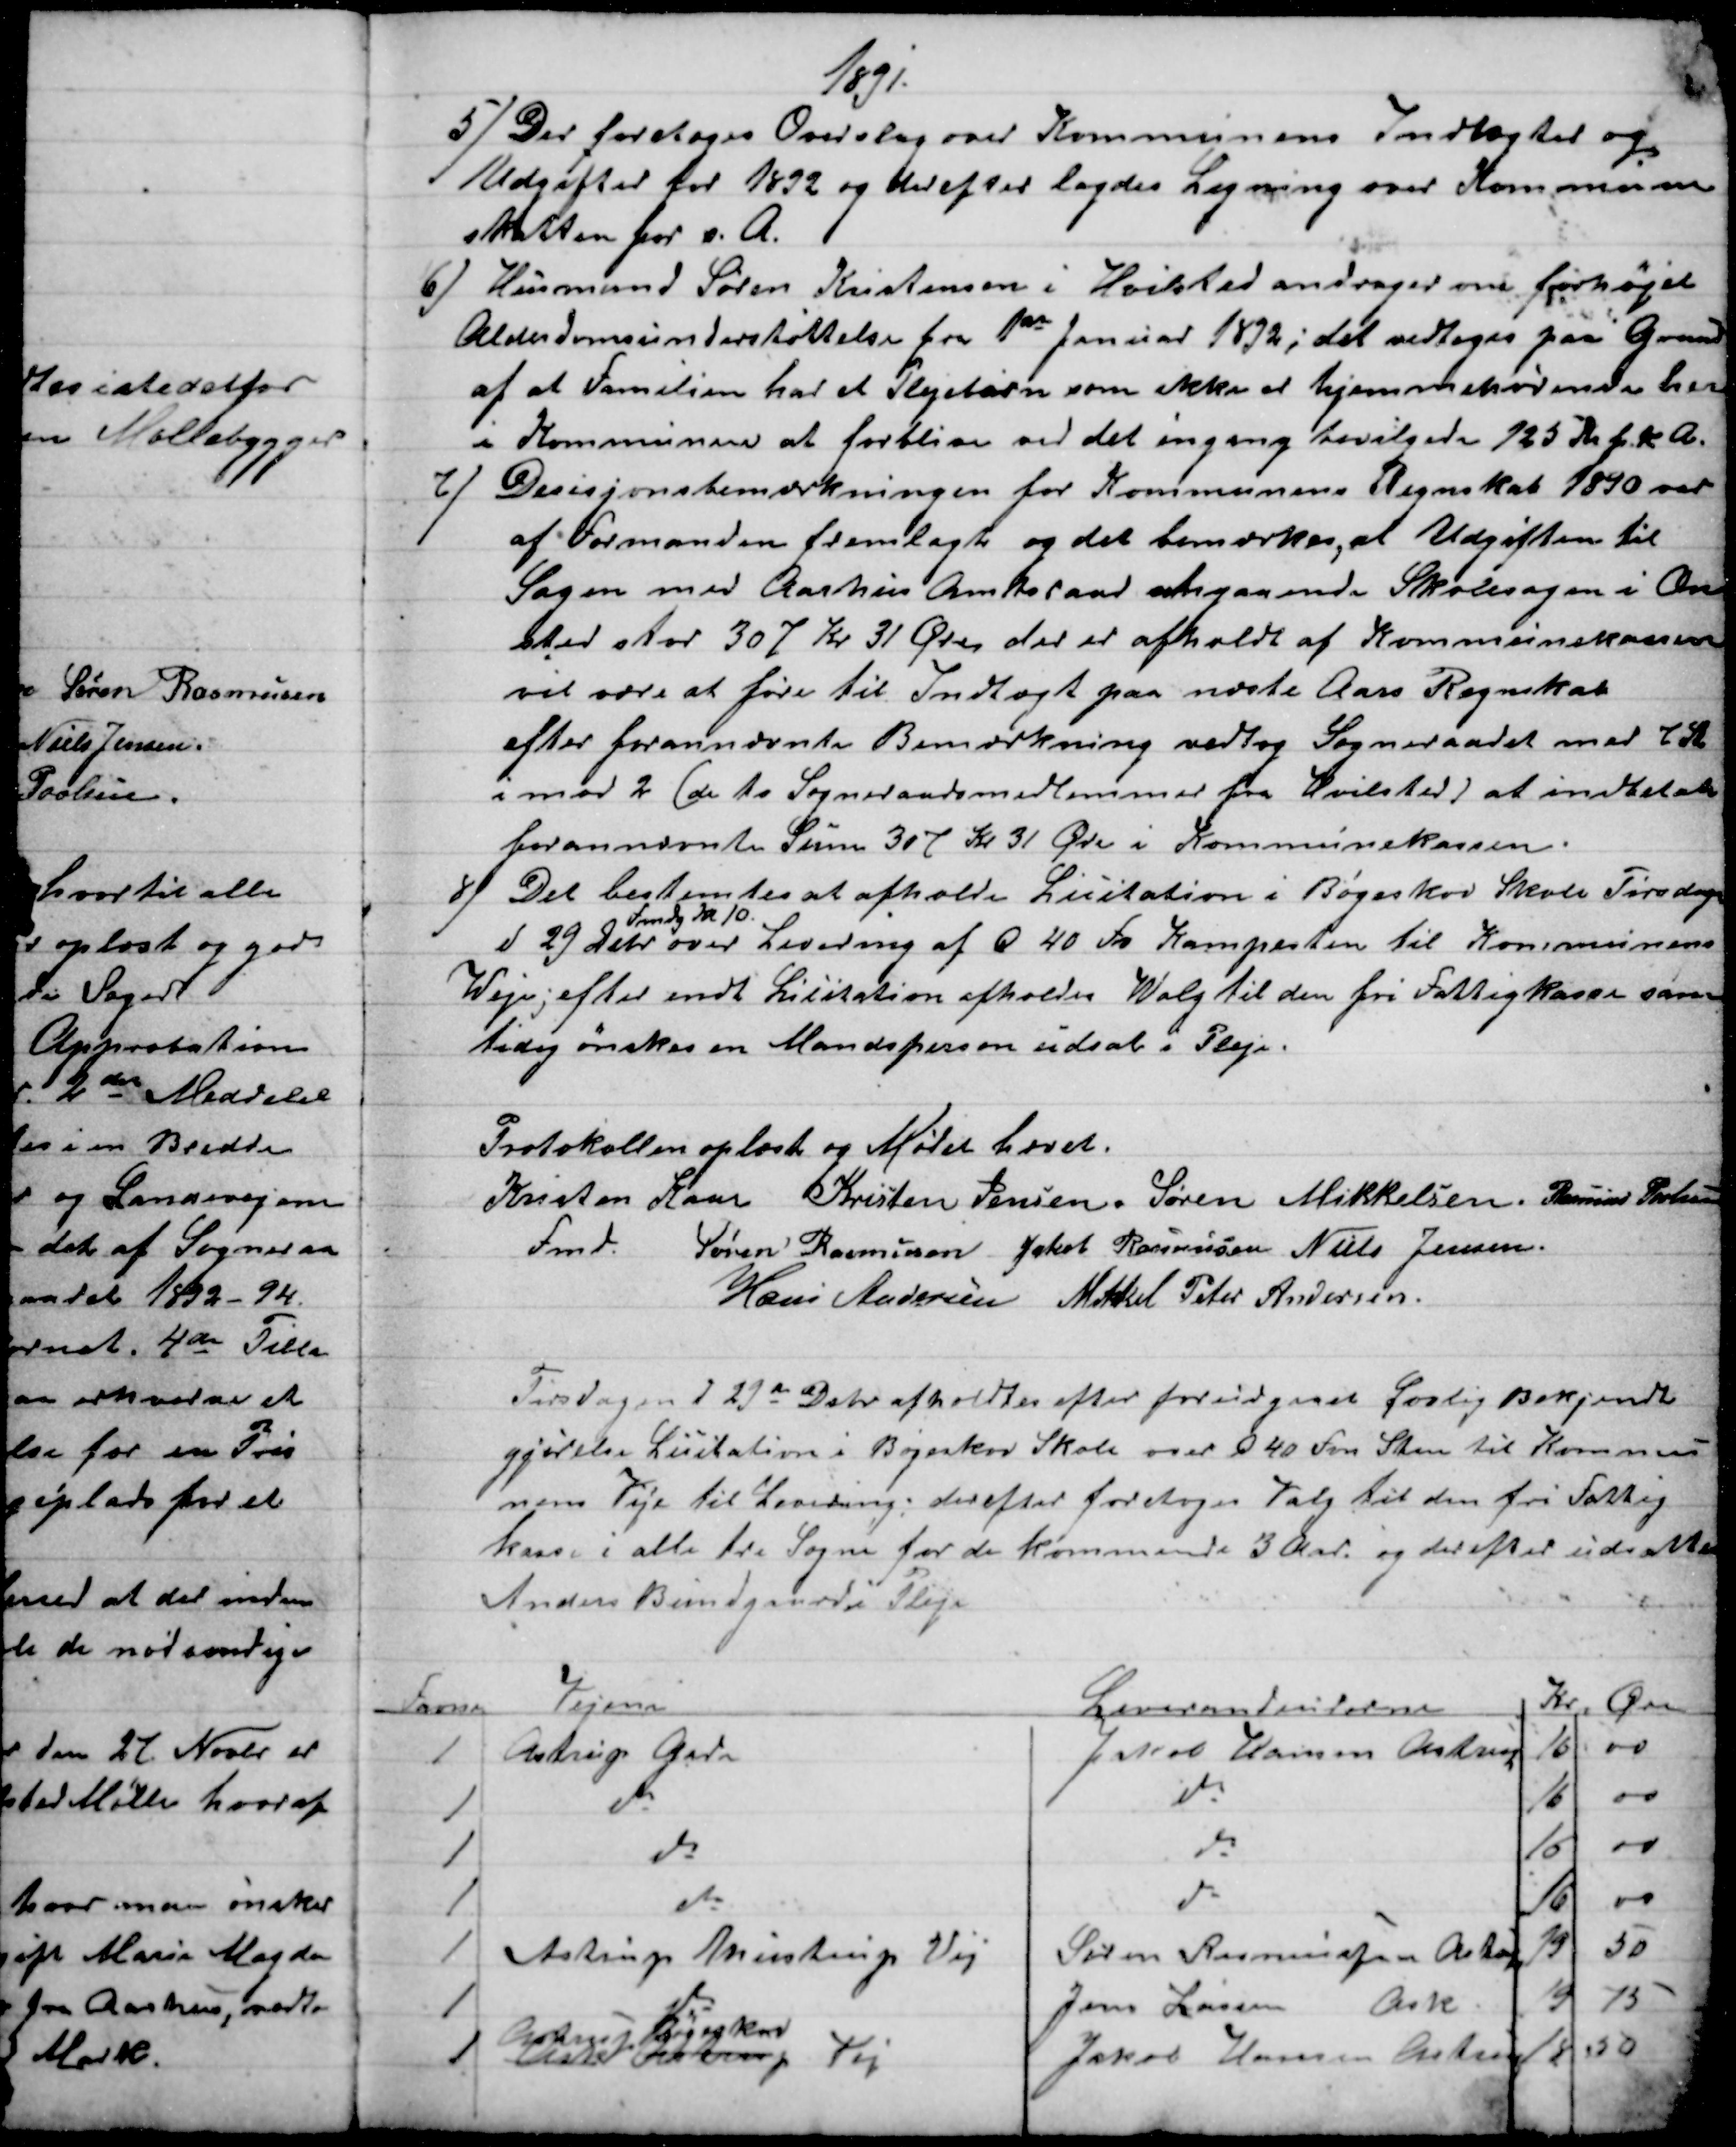
Transskription:
1891.
5)
Der foretoges Overslag over Kommunens Indtægter og
Udgifter for 1892 og derefter lagdes Ligning over Kommune
skatten for s. A.
6) 
Husmand Søren Kristensen i Hvilsted andrager om forhøjet
Alderdomsunderstøttelse fra 1ste Januar 1892; det vedtoges paa Grund
af at Familien har et Plejebarn som ikke at hjemmehørende her
i Kommunen at forblive ved det engang bevilgede 125 Kr f. K. A.
7) 
Desisjonsbemærkningen for Kommunens Regnskab 1890 var
af Formanden fremlagt og det bemærkes, at Udgiften til
Sagen med Aarhus Amtsraad angaaende Skolesagen i On
sted stor 307 Kr 31 Øre, der er afholdt af Kommunekassen
vil være at føre til Indtægt paa næste Aars Regnskab
efter forannævnte Bemærkning vedtog Sogneraadet med 7 St
imod 2 (de to Sogneraadsmedlemmer fra Hvilsted) at indbetale
forannævnte Sum 307 Kr 31 Øre i Kommunekassen.
8) 
Det bestemtes at afholde Licitation i Bøgeskov Skole Tirsdag
d 29 Debr over Levering af Q 40 Fv Kampesten til Kommunens
Fmdg Kl 10.
over Levering af Q 40 Fv Kampesten til Kommunens
Weje, efter endt Licitation afholdes Walg til den fri Fattigkasse sam
tidig ønskes en Mandsperson udsat i Pleje.
Protokollen oplæst og Mødet hævet.
Kristen Kaae 
Fmd.
Kristen Jensen. Søren Mikkelsen. Rasmus Povlsen
Søren Rasmussen Jakob Rasmussen Niels Jensen
Hans Andersen Mikkel Peter Andersen
Tirsdagen d 29de Debr afholdtes efter forudgaaet Lovlig Bekjendt
gjørelse Licitation i Bøgeskov Skole over Q 40 Fv Sten til Kommu-
nens Veje til Levering; derefter foretoges Valg til den fri Fattig
kasse i alle tre Sogne for de kommende 3 Aar. og derefter udsattes
Anders Bundgaard i Pleje
Favne
Vejene
Leverandeurerne
Kr Øre
1
Astrup Gade
Jakob Hansen Astrup
16
00
1
do
do
16
00
1
do
do
16
00
1
do
do
16
00
1
Astrup Mustrup Vej
Søren Rasmussen Astrup
19
50
1
do
Jens Larsen Ask
19
75
1
Astrup Tulstrup Vej
Astrup Bøgeskov
Jakob Hansen Astrup
18
50